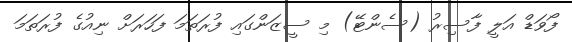
ފޯވަޑް އަލީ ފާސިރު (ސެންޓޭ) މި ސީޒަންގައި ފުރަތަމަ ފަހަރަށް ނިއުގެ ފުރަތަމަ